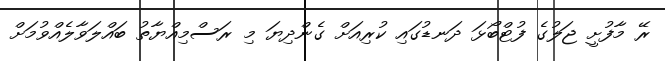
ރޭ މާފުށީ ޖަލުގެ ފުޓްބޯޅަ ދަނޑުގައި ކުރިއަށް ގެންދިޔަ މި ރަސްމިއްޔާތު ބައްލަވާލެއްވުމަށް